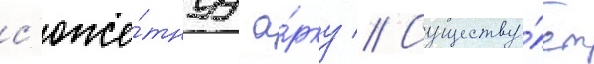
с'юже́тнуу а́рку // Существу́ет